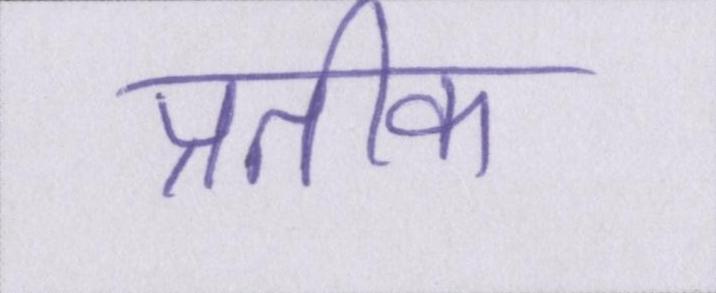
प्रतीक